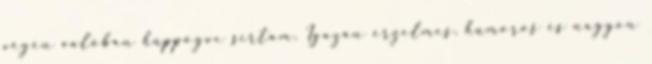
végén valóban hüppögve sírtam. Igazán érzelmes, humoros és nagyon